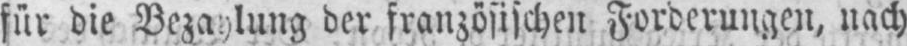
für die Bezahlung der französischen Forderungen, nach